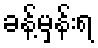
ခန့်မှန်းရ